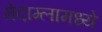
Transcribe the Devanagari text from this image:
मेदाम्लामध्ये